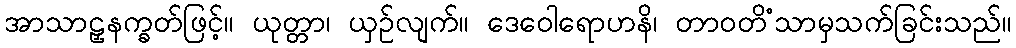
အာသာဠှနက္ခတ်ဖြင့်။ ယုတ္တာ၊ ယှဉ်လျက်။ ဒေဝေါရောဟနိ၊ တာဝတိံသာမှသက်ခြင်းသည်။